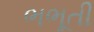
ભભૂતી